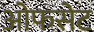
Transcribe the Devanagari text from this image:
ओफसेट